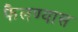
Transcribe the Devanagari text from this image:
फैलण्यास